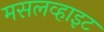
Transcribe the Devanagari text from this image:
मसलव्हाइट